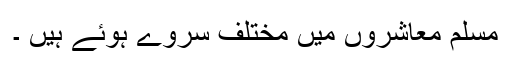
مسلم معاشروں میں مختلف سروے ہوئے ہیں ۔